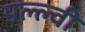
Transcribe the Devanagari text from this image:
पल्ल्वी